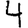
Digit: 4